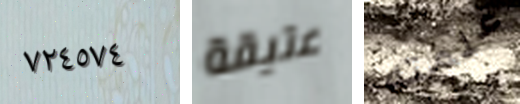
٧٢٤٥٧٤ عتيقة علمته